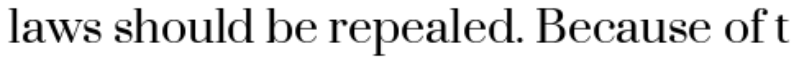
laws should be repealed. Because of t